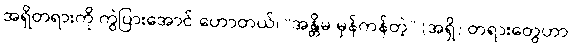
အရှိတရားကို ကွဲပြားအောင် ဟောတယ်၊ “အန္တိမ မှန်ကန်တဲ့” (အရှိ) တရားတွေဟာ